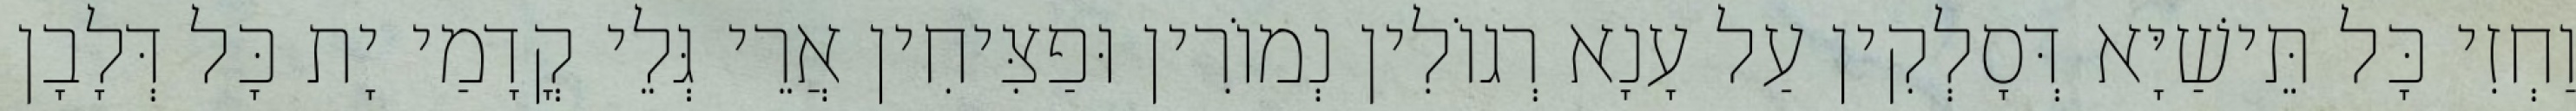
וַחְזִי כָּל תֵּישַׁיָּא דְּסָלְקִין עַל עָנָא רְגוֹלִין נְמוֹרִין וּפַצִּיחִין אֲרֵי גְּלֵי קֳדָמַי יָת כָּל דְּלָבָן